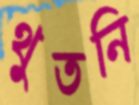
থুতনি